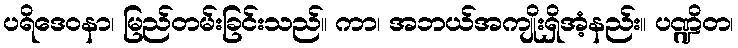
ပရိဒေဝနာ၊ မြည်တမ်းခြင်းသည်။ ကာ၊ အဘယ်အကျိုးရှိအံ့နည်း။ ပဏ္ဍိတ၊